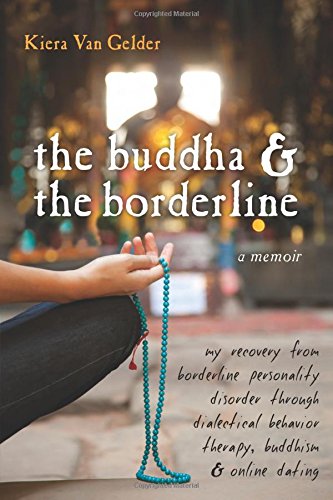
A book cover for The Buddha and the Borderline: My Recovery from Borderline Personality Disorder through Dialectical Behavior Therapy, Buddhism, and Online Dating; Kiera Van Gelder; Health, Fitness & Dieting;